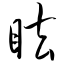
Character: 眩